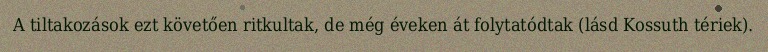
A tiltakozások ezt követően ritkultak, de még éveken át folytatódtak (lásd Kossuth tériek).